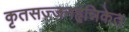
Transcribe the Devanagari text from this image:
कृतसज्जनहृन्निकेत